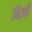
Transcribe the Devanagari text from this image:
बिज़ी